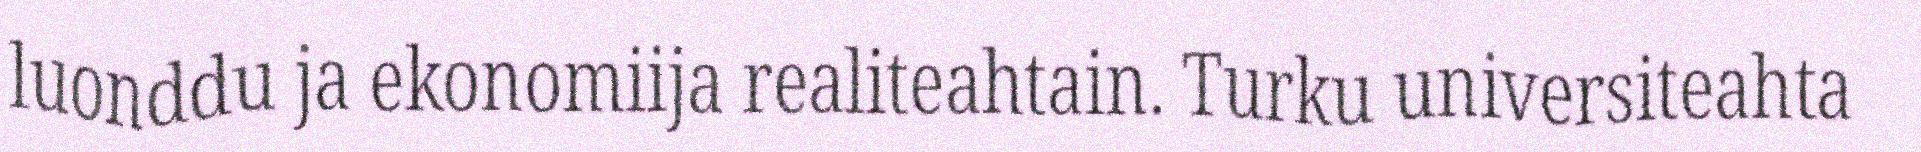
luonddu ja ekonomiija realiteahtain. Turku universiteahta